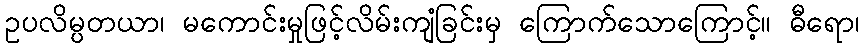
ဥပလိမ္ပတယာ၊ မကောင်းမှုဖြင့်လိမ်းကျံခြင်းမှ ကြောက်သောကြောင့်။ ဓီရော၊